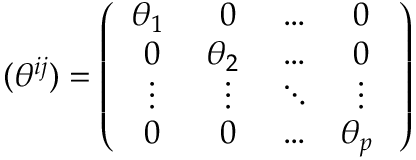
( \theta ^ { i j } ) = \left( \begin{array} { c c c c } { { \theta _ { 1 } { \bf \epsilon } } } & { { 0 } } & { { \dots } } & { { 0 } } \\ { { 0 } } & { { \theta _ { 2 } { \bf \epsilon } } } & { { \dots } } & { { 0 } } \\ { { \vdots } } & { { \vdots } } & { { \ddots } } & { { \vdots } } \\ { { 0 } } & { { 0 } } & { { \dots } } & { { \theta _ { p } { \bf \epsilon } } } \end{array} \right)